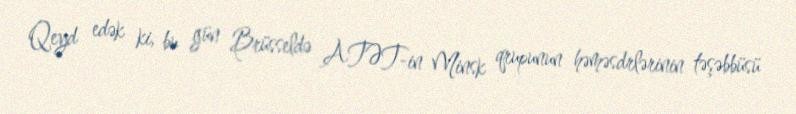
Qeyd edək ki, bu gün Brüsseldə ATƏT-in Minsk qrupunun həməsdrlərinin təşəbbüsü